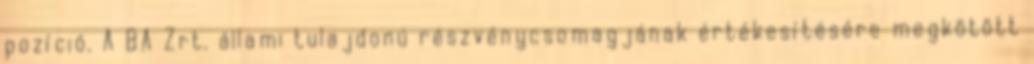
pozíció. A BA Zrt. állami tulajdonú részvénycsomagjának értékesítésére megkötött